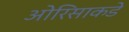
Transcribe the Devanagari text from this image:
ओरिसाकडे